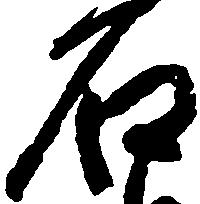
石